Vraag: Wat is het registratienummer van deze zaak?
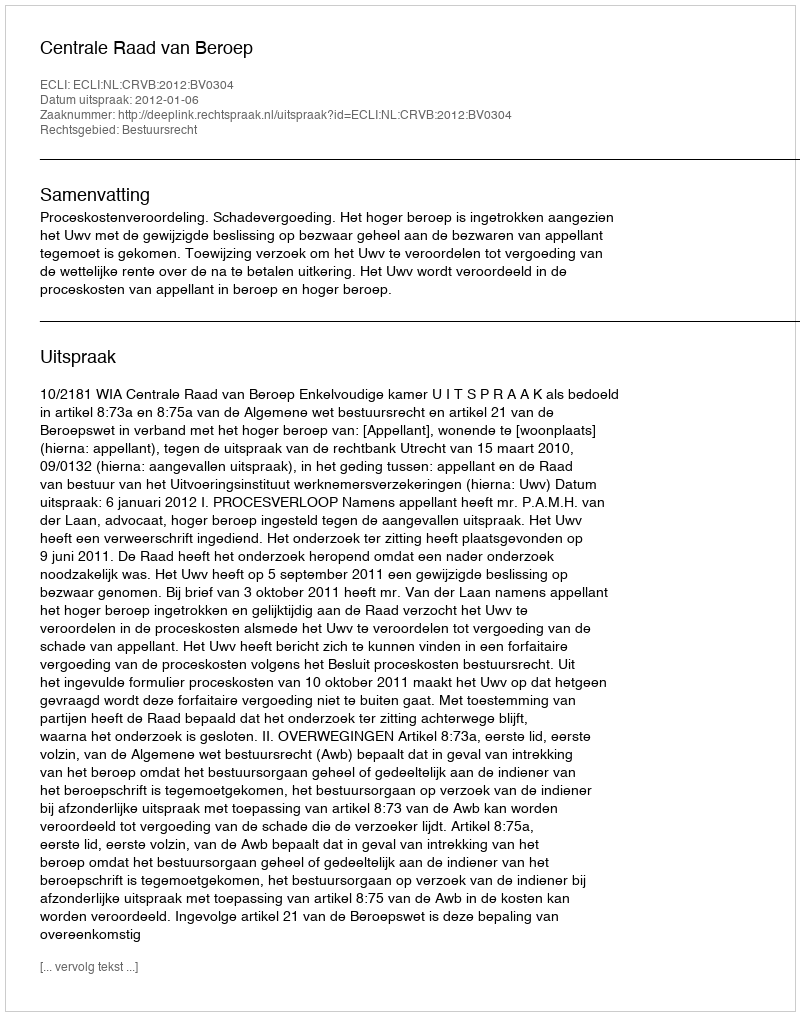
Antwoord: http://deeplink.rechtspraak.nl/uitspraak?id=ECLI:NL:CRVB:2012:BV0304